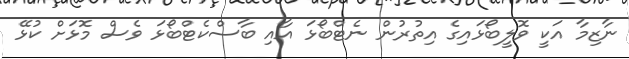
ނާޒިމާ އަކީ ވޮލީބޯޅައިގެ އިތުރުން ނެޓްބޯޅަ އާއި ބާސްކެޓްބޯޅަ ވެސް މޮޅަށް ކުޅޭ